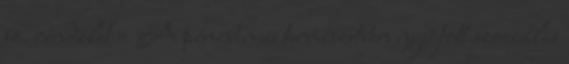
sz. rendelet – A pénzben és természetben nyújtott szociális